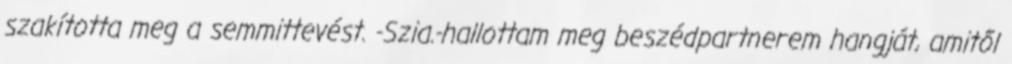
szakította meg a semmittevést. -Szia.-hallottam meg beszédpartnerem hangját, amitől